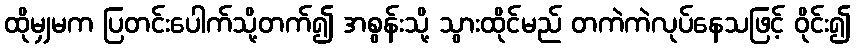
ထိုမျှမက ပြတင်းပေါက်သို့တက်၍ အစွန်းသို့ သွားထိုင်မည် တကဲကဲလုပ်နေသဖြင့် ဝိုင်း၍